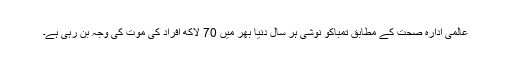
عالمی ادارہ صحت کے مطابق تمباکو نوشی ہر سال دنیا بھر میں 70 لاکھ افراد کی موت کی وجہ بن رہی ہے۔